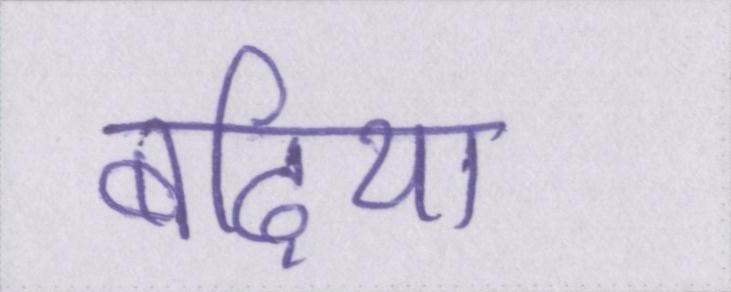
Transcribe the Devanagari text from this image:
बढ़िया